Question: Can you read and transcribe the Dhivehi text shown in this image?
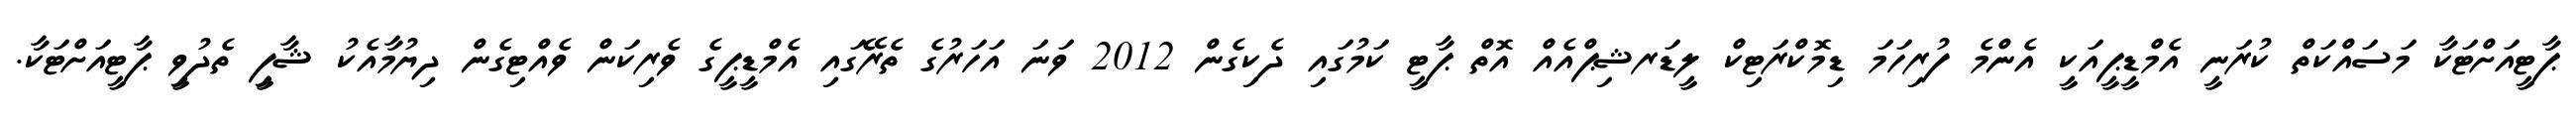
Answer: ޕާޓީއަށްޓަކާ މަސައްކަތް ކުރަނީ އެމްޑީޕީއަކީ އެންމެ ފުރިހަމަ ޑިމޮކްރަޓިކް ލީޑަރޝިޕްއެއް އޮތް ޕާޓީ ކަމުގައި ދެކިގެން 2012 ވަނަ އަހަރުގެ ތެރޭގައި އެމްޑީޕީގެ ވެރިކަން ވެއްޓިގެން ދިޔުމާއެކު ޝާފިީ ތެދުވިީ ޕާޓީއަށްޓަކާ.